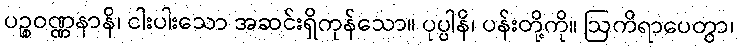
ပဉ္စဝဏ္ဏနာနိ၊ ငါးပါးသော အဆင်းရှိကုန်သော။ ပုပ္ပါနိ၊ ပန်းတို့ကို။ ဩကိရာပေတွာ၊